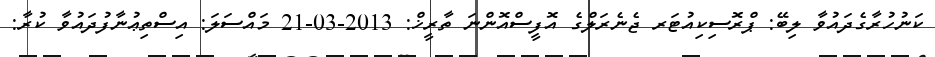
ކަނުހުރާގެދައުވާ ލިބޭ: ޕްރޮސިކިއުޓަރ ޖެނެރަލްގެ އޮފީސްއޮންނަ ތާރީޚް: 2013-03-21 މައްސަލަ: އިސްތިޢުނާފުދައުވާ ކުރާ: